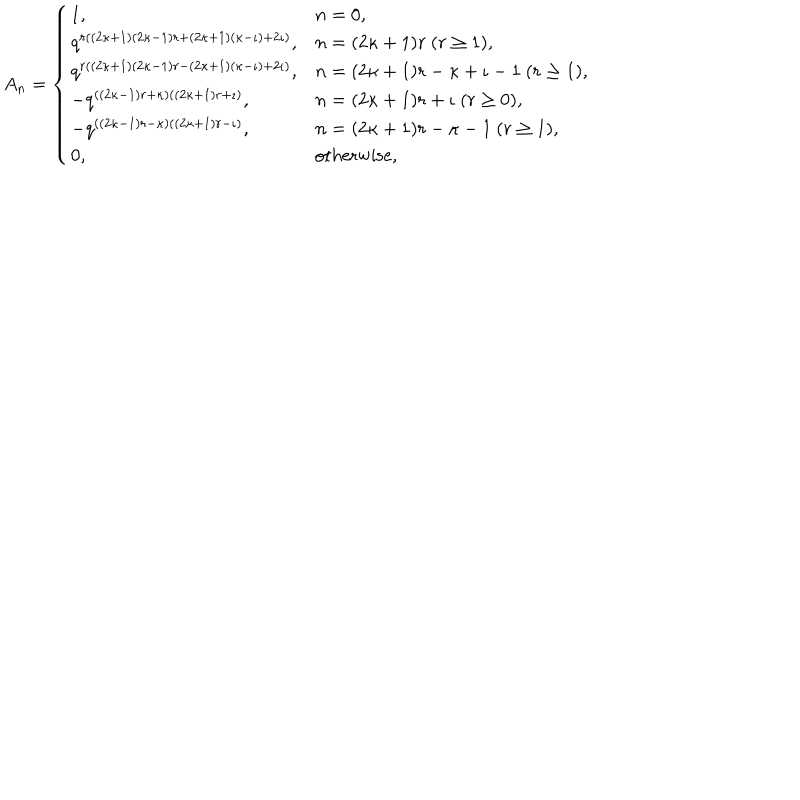
LaTeX: A _ { n } = \left\{ \begin{array} { l l } { { 1 , } } & { { n = 0 , } } \\ { { q ^ { r ( ( 2 \kappa + 1 ) ( 2 \kappa - 1 ) r + ( 2 \kappa + 1 ) ( \kappa - \iota ) + 2 \iota ) } , } } & { { n = ( 2 \kappa + 1 ) r ~ ( r \geq 1 ) , } } \\ { { q ^ { r ( ( 2 \kappa + 1 ) ( 2 \kappa - 1 ) r - ( 2 \kappa + 1 ) ( \kappa - \iota ) + 2 \iota ) } , } } & { { n = ( 2 \kappa + 1 ) r - \kappa + \iota - 1 ~ ( r \geq 1 ) , } } \\ { { - q ^ { ( ( 2 \kappa - 1 ) r + \kappa ) ( ( 2 \kappa + 1 ) r + \iota ) } , } } & { { n = ( 2 \kappa + 1 ) r + \iota ~ ( r \geq 0 ) , } } \\ { { - q ^ { ( ( 2 \kappa - 1 ) r - \kappa ) ( ( 2 \kappa + 1 ) r - \iota ) } , } } & { { n = ( 2 \kappa + 1 ) r - \kappa - 1 ~ ( r \geq 1 ) , } } \\ { { 0 , } } & { { \mathrm { o t h e r w i s e } , } } \\ \end{array} \right.